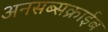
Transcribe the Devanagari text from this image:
अनसब्सक्राईब